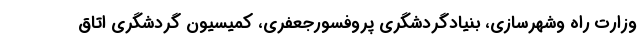
وزارت راه وشهرسازی، بنیادگردشگری پروفسورجعفری، کمیسیون گردشگری اتاق